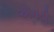
એનટી